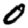
Digit: 0